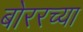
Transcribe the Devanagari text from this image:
बोररच्या